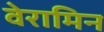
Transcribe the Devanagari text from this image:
वेरामिन